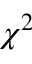
\chi ^ { 2 }